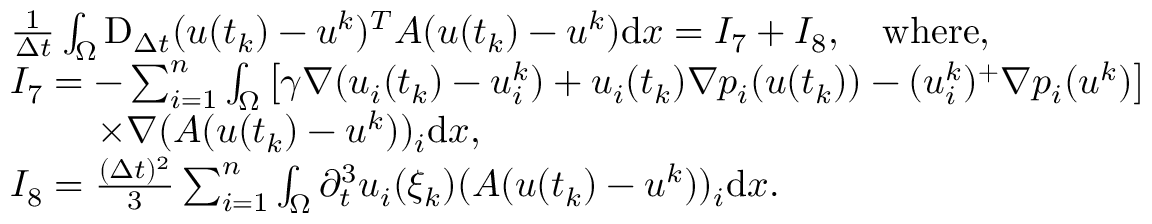
\begin{array} { r l } & { \frac { 1 } { \Delta t } \int _ { \Omega } \mathrm { D } _ { \Delta t } ( u ( t _ { k } ) - u ^ { k } ) ^ { T } A ( u ( t _ { k } ) - u ^ { k } ) \mathrm { d } x = I _ { 7 } + I _ { 8 } , \quad \mathrm { w h e r e } , } \\ & { I _ { 7 } = - \sum _ { i = 1 } ^ { n } \int _ { \Omega } \big [ \gamma \nabla ( u _ { i } ( t _ { k } ) - u _ { i } ^ { k } ) + u _ { i } ( t _ { k } ) \nabla p _ { i } ( u ( t _ { k } ) ) - ( u _ { i } ^ { k } ) ^ { + } \nabla p _ { i } ( u ^ { k } ) \big ] } \\ & { \phantom { x x x x } { \times } \nabla ( A ( u ( t _ { k } ) - u ^ { k } ) ) _ { i } \mathrm { d } x , } \\ & { I _ { 8 } = \frac { ( \Delta t ) ^ { 2 } } { 3 } \sum _ { i = 1 } ^ { n } \int _ { \Omega } \partial _ { t } ^ { 3 } u _ { i } ( \xi _ { k } ) ( A ( u ( t _ { k } ) - u ^ { k } ) ) _ { i } \mathrm { d } x . } \end{array}